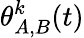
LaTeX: \theta_{A,B}^{k}(t)